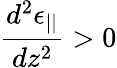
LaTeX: \frac{d^{2}\epsilon_{||}}{dz^{2}}>0